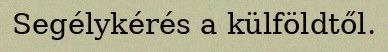
Segélykérés a külföldtől.